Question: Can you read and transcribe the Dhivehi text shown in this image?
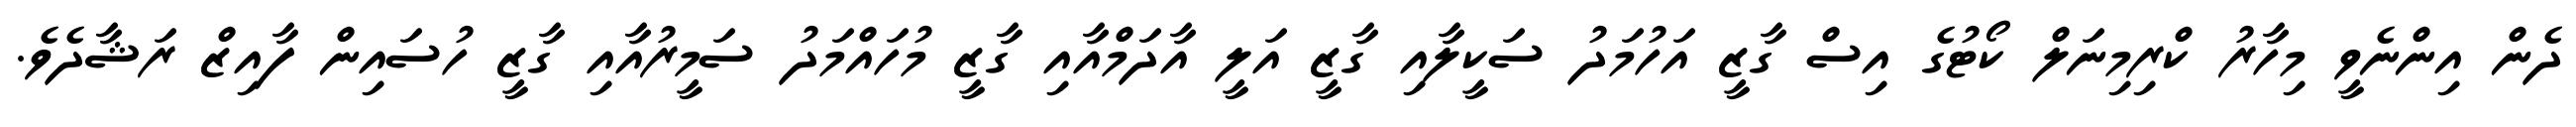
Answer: ދެން އިންނެވީ މިހާރު ކްރިމިނަލް ކޯޓުގެ އިސް ގާޒީ އަހުމަދު ސަކީލާއި ގާޒީ އަލީ އާދަމްއާއި ގާޒީ މުހައްމަދު ސަމީރުއާއި ގާޒީ ހުސައިން ފާއިޒް ރަޝާދެވެ.